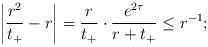
LaTeX: \begin{align*} \left|\frac{r^2}{t_+}-r\right| = \frac{r}{t_+} \cdot \frac{e^{2\tau}}{r + t_+} \leq r^{-1};\end{align*}